Document type: Anniversary endowment
Year: 1486
Scribe: Bartomeu Masons
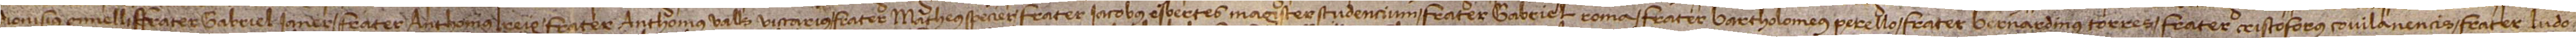
Dionisius Gimelli, frater Gabriel Ianer, frater Anthonius Reig, frater Anthonius Valls, viccarius, frater Matheus Specier, frater Iacobus Esbertes, magister studencium, frater Gabriel Roma, frater Bartholomeus Perello, frater Bernardinus Torres, frater Cristoforus Covilanencis, frater Ludo-